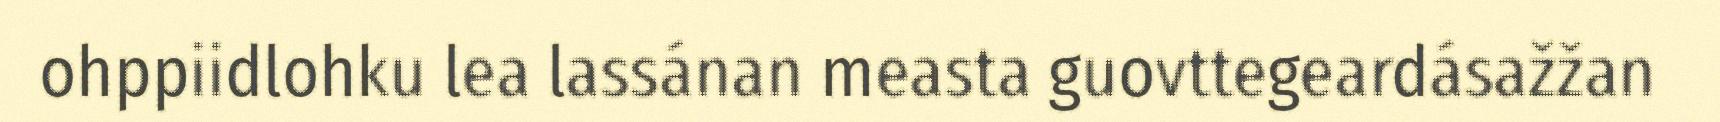
ohppiidlohku lea lassánan measta guovttegeardásažžan